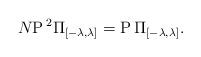
LaTeX: \begin{align*}N{\rm P\,}^2\Pi_{[-\lambda,\lambda]}={\rm P\,}\Pi_{[-\lambda,\lambda]}.\end{align*}